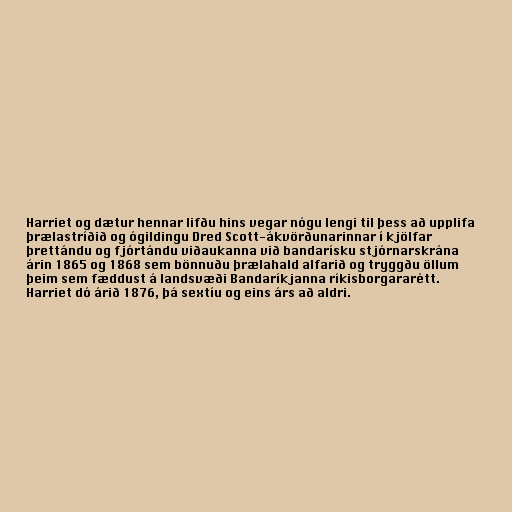
Harriet og dætur hennar lifðu hins vegar nógu lengi til þess að upplifa
þrælastríðið og ógildingu Dred Scott-ákvörðunarinnar í kjölfar
þrettándu og fjórtándu viðaukanna við bandarísku stjórnarskrána
árin 1865 og 1868 sem bönnuðu þrælahald alfarið og tryggðu öllum
þeim sem fæddust á landsvæði Bandaríkjanna ríkisborgararétt.
Harriet dó árið 1876, þá sextíu og eins árs að aldri.